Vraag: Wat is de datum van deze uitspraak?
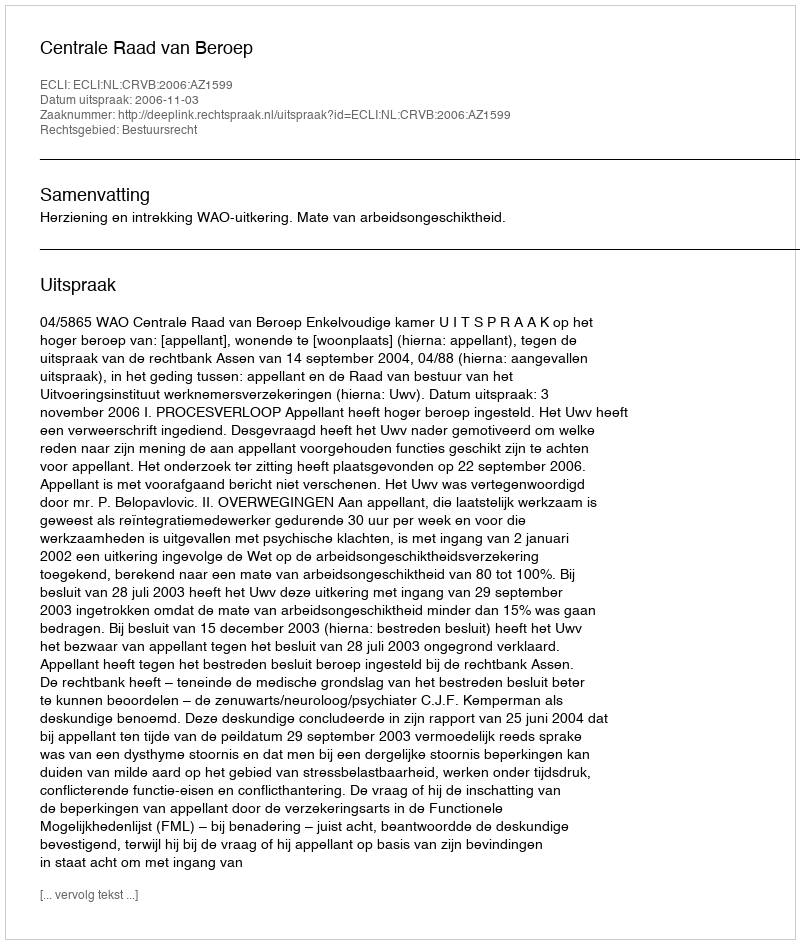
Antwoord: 2006-11-03